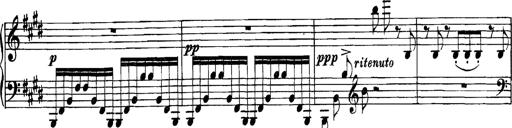
Title: Grandes Etudes
Composer: Franz Liszt